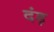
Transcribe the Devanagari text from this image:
दंड़